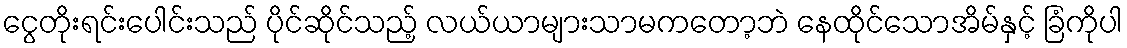
ငွေတိုးရင်းပေါင်းသည် ပိုင်ဆိုင်သည့် လယ်ယာများသာမကတော့ဘဲ နေထိုင်သောအိမ်နှင့် ခြံကိုပါ